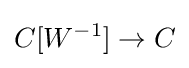
C[W^{-1}]\to C